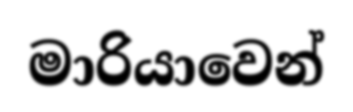
මාරියාවෙන්